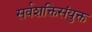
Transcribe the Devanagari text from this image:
सर्वशक्तिसंयुक्त